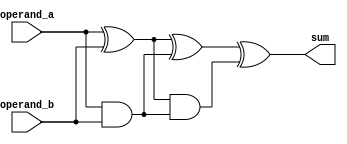
module carry_save_adder (
    input [7:0] operand_a,
    input [7:0] operand_b,
    output reg [7:0] sum
);

reg [7:0] partial_sum_1, partial_sum_2, partial_sum_3;
reg [7:0] carry_out_1, carry_out_2;

assign partial_sum_1 = operand_a ^ operand_b;
assign carry_out_1 = operand_a & operand_b;

assign partial_sum_2 = partial_sum_1 ^ carry_out_1;
assign carry_out_2 = partial_sum_1 & carry_out_1;

assign sum = partial_sum_2 ^ carry_out_2;

endmodule